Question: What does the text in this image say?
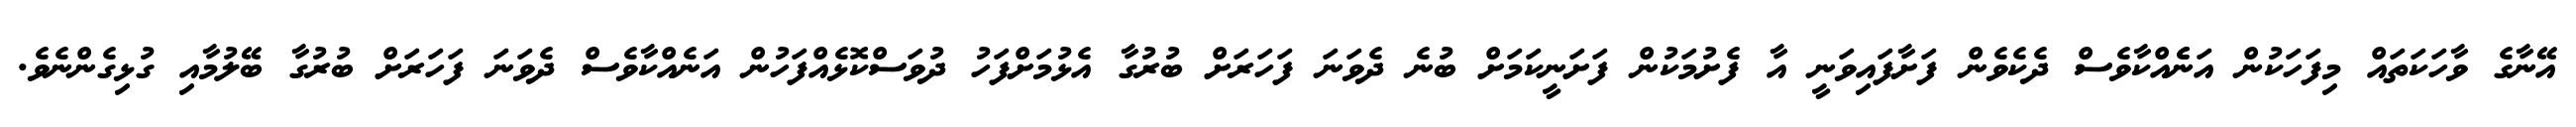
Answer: އޭނާގެ ވާހަކަތައް މިފަހަކުން އަނެެއްކާވެސް ދެކެވެން ފަށާފައިވަނީ އާ ފެށުމަކުން ފަށަނީކަމަށް ބުނެ ދެވަނަ ފަހަރަށް ބުރުގާ އެޅުމަށްފަހު ދުވަސްކޮޅެއްފަހުން އަނެއްކާވެސް ދެވަނަ ފަހަރަށް ބުރުގާ ބޭލުމާއި ގުޅިގެންނެވެ.